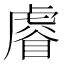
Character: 𧇖